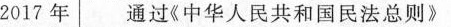
2017年通过《中华人民共和国民法总则》